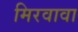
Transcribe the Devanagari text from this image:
मिरवावा